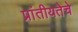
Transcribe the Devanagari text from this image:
प्रांतीयतेचे